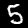
Digit: 5